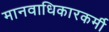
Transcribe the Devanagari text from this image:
मानवाधिकारकर्मी